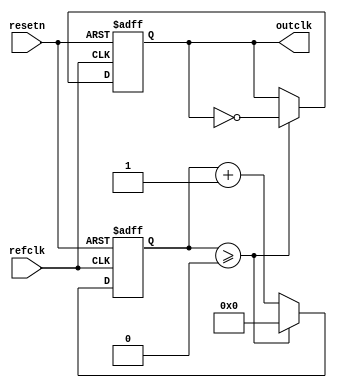
// Generate a clock whose period is N times the period of the reference clock.
module clock_adjust(refclk, resetn, outclk);
	input      refclk, resetn;
	output reg outclk;
	reg [31:0] counter;
	parameter N = 2;

	initial begin
		counter <= 0;
		outclk <= 0;
	end

	always @(posedge refclk or negedge resetn) begin
		if (!resetn) begin
			counter <= 0;
			outclk <= 0;
		end
		else begin
			if (counter >= N / 2 - 1) begin
				counter <= 0;
				outclk <= ~outclk;
			end
			else
				counter <= counter + 1;
		end
	end
endmodule